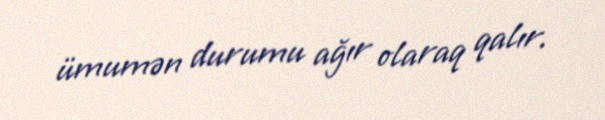
ümumən durumu ağır olaraq qalır.